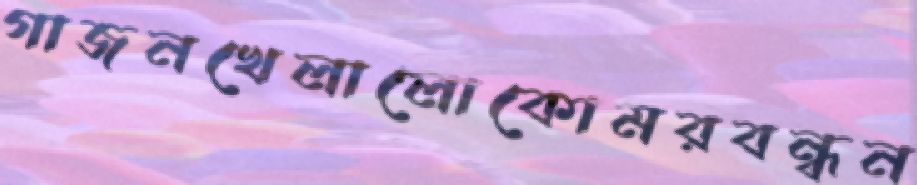
গাজনখেলালোকোমরবন্ধন